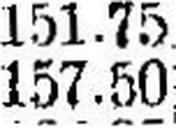
157.50